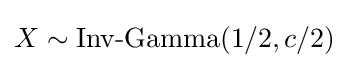
X\sim \operatorname {Inv-Gamma} (1/2,c/2)